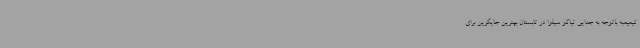
کیمپمبه باتوجه به جدایی تیاگو سیلوا در تابستان بهترین جایگزین برای